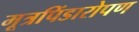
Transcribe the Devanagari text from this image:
मूत्रपिंडारोपण